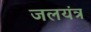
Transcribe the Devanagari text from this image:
जलयंत्र